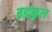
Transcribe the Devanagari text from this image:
ब्रह्मकुल